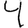
Digit: 4